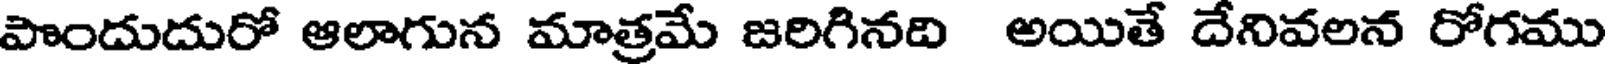
పొందుదురో ఆలాగున మాత్రమే జరిగినది అయితే దేనివలన రోగము